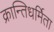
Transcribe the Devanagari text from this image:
क्रान्तिधर्मिता